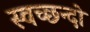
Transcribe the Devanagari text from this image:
स्वच्छन्दो